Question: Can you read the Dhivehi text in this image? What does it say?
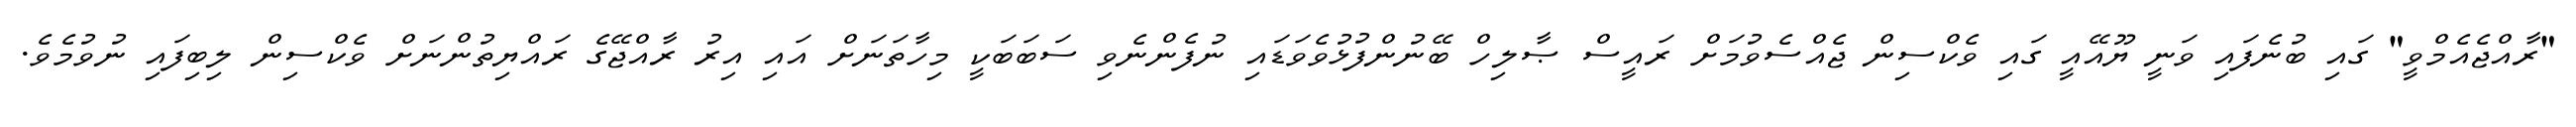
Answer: "ރާއްޖެއެމްވީ" ގައި ބުނެފައި ވަނީ ޔޫއޭއީ ގައި ވެކްސިން ޖެއްސެވުމަށް ރައީސް ޞާލިހް ބޭނުންފުޅުވެވަޑައި ނުފެންނެވި ސަބަބަކީ މިހާތަނަށް އައި އިރު ރާއްޖޭގެ ރައްޔިތުންނަށް ވެކްސިން ލިބިފައި ނުވުމެވެ.